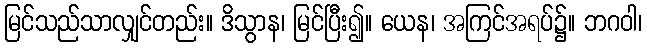
မြင်သည်သာလျှင်တည်း။ ဒိသွာန၊ မြင်ပြီး၍။ ယေန၊ အကြင်အရပ်၌။ ဘဂဝါ၊